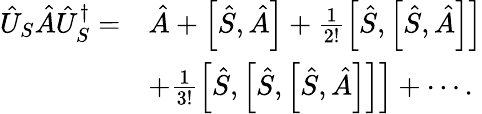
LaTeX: \begin{array}{rl}{\hat{U}_{S}\hat{A}\hat{U}_{S}^{\dagger}=}&{\hat{A}+\left[\hat{S},\hat{A}\right]+\frac{1}{2!}\left[\hat{S},\left[\hat{S},\hat{A}\right]\right]}\\ &{+\frac{1}{3!}\left[\hat{S},\left[\hat{S},\left[\hat{S},\hat{A}\right]\right]\right]+\cdots.}\end{array}